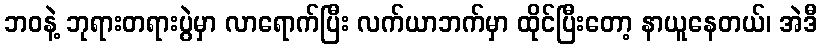
ဘဝနဲ့ ဘုရားတရားပွဲမှာ လာရောက်ပြီး လက်ယာဘက်မှာ ထိုင်ပြီးတော့ နာယူနေတယ်၊ အဲဒီ